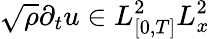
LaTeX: \sqrt{\rho}\partial_{t}u\in L_{[0,T]}^{2}L_{x}^{2}